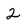
Character: 2